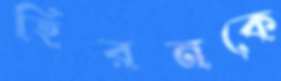
হিরনকে